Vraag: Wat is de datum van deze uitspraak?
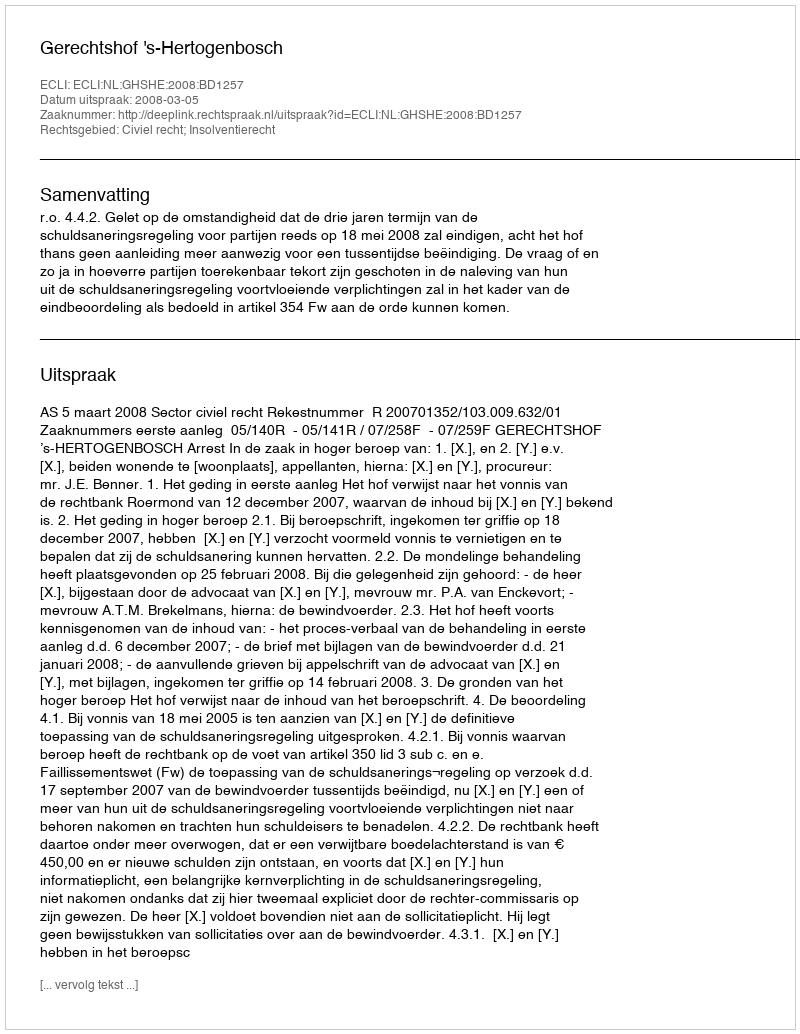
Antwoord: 2008-03-05